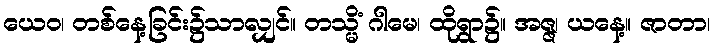
ယေဝ၊ တစ်နေ့ခြင်း၌သာလျှင်။ တသ္မိံ ဂါမေ၊ ထိုရွာ၌။ အဇ္ဇ၊ ယနေ့။ ဇာတာ၊